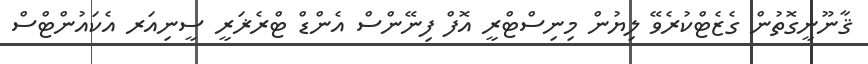
ޤާނޫނީގޮތުން ގެޒެޓްކުރެވޭ ލިޔުން މިނިސްޓްރީ އޮފް ފިނޭންސް އެންޑް ޓްރެޜަރީ ސީނިއަރ އެކައުންޓްސް